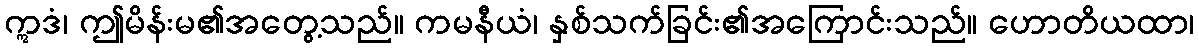
ဣဒံ၊ ဤမိန်းမ၏အတွေ့သည်။ ကမနီယံ၊ နှစ်သက်ခြင်း၏အကြောင်းသည်။ ဟောတိယထာ၊